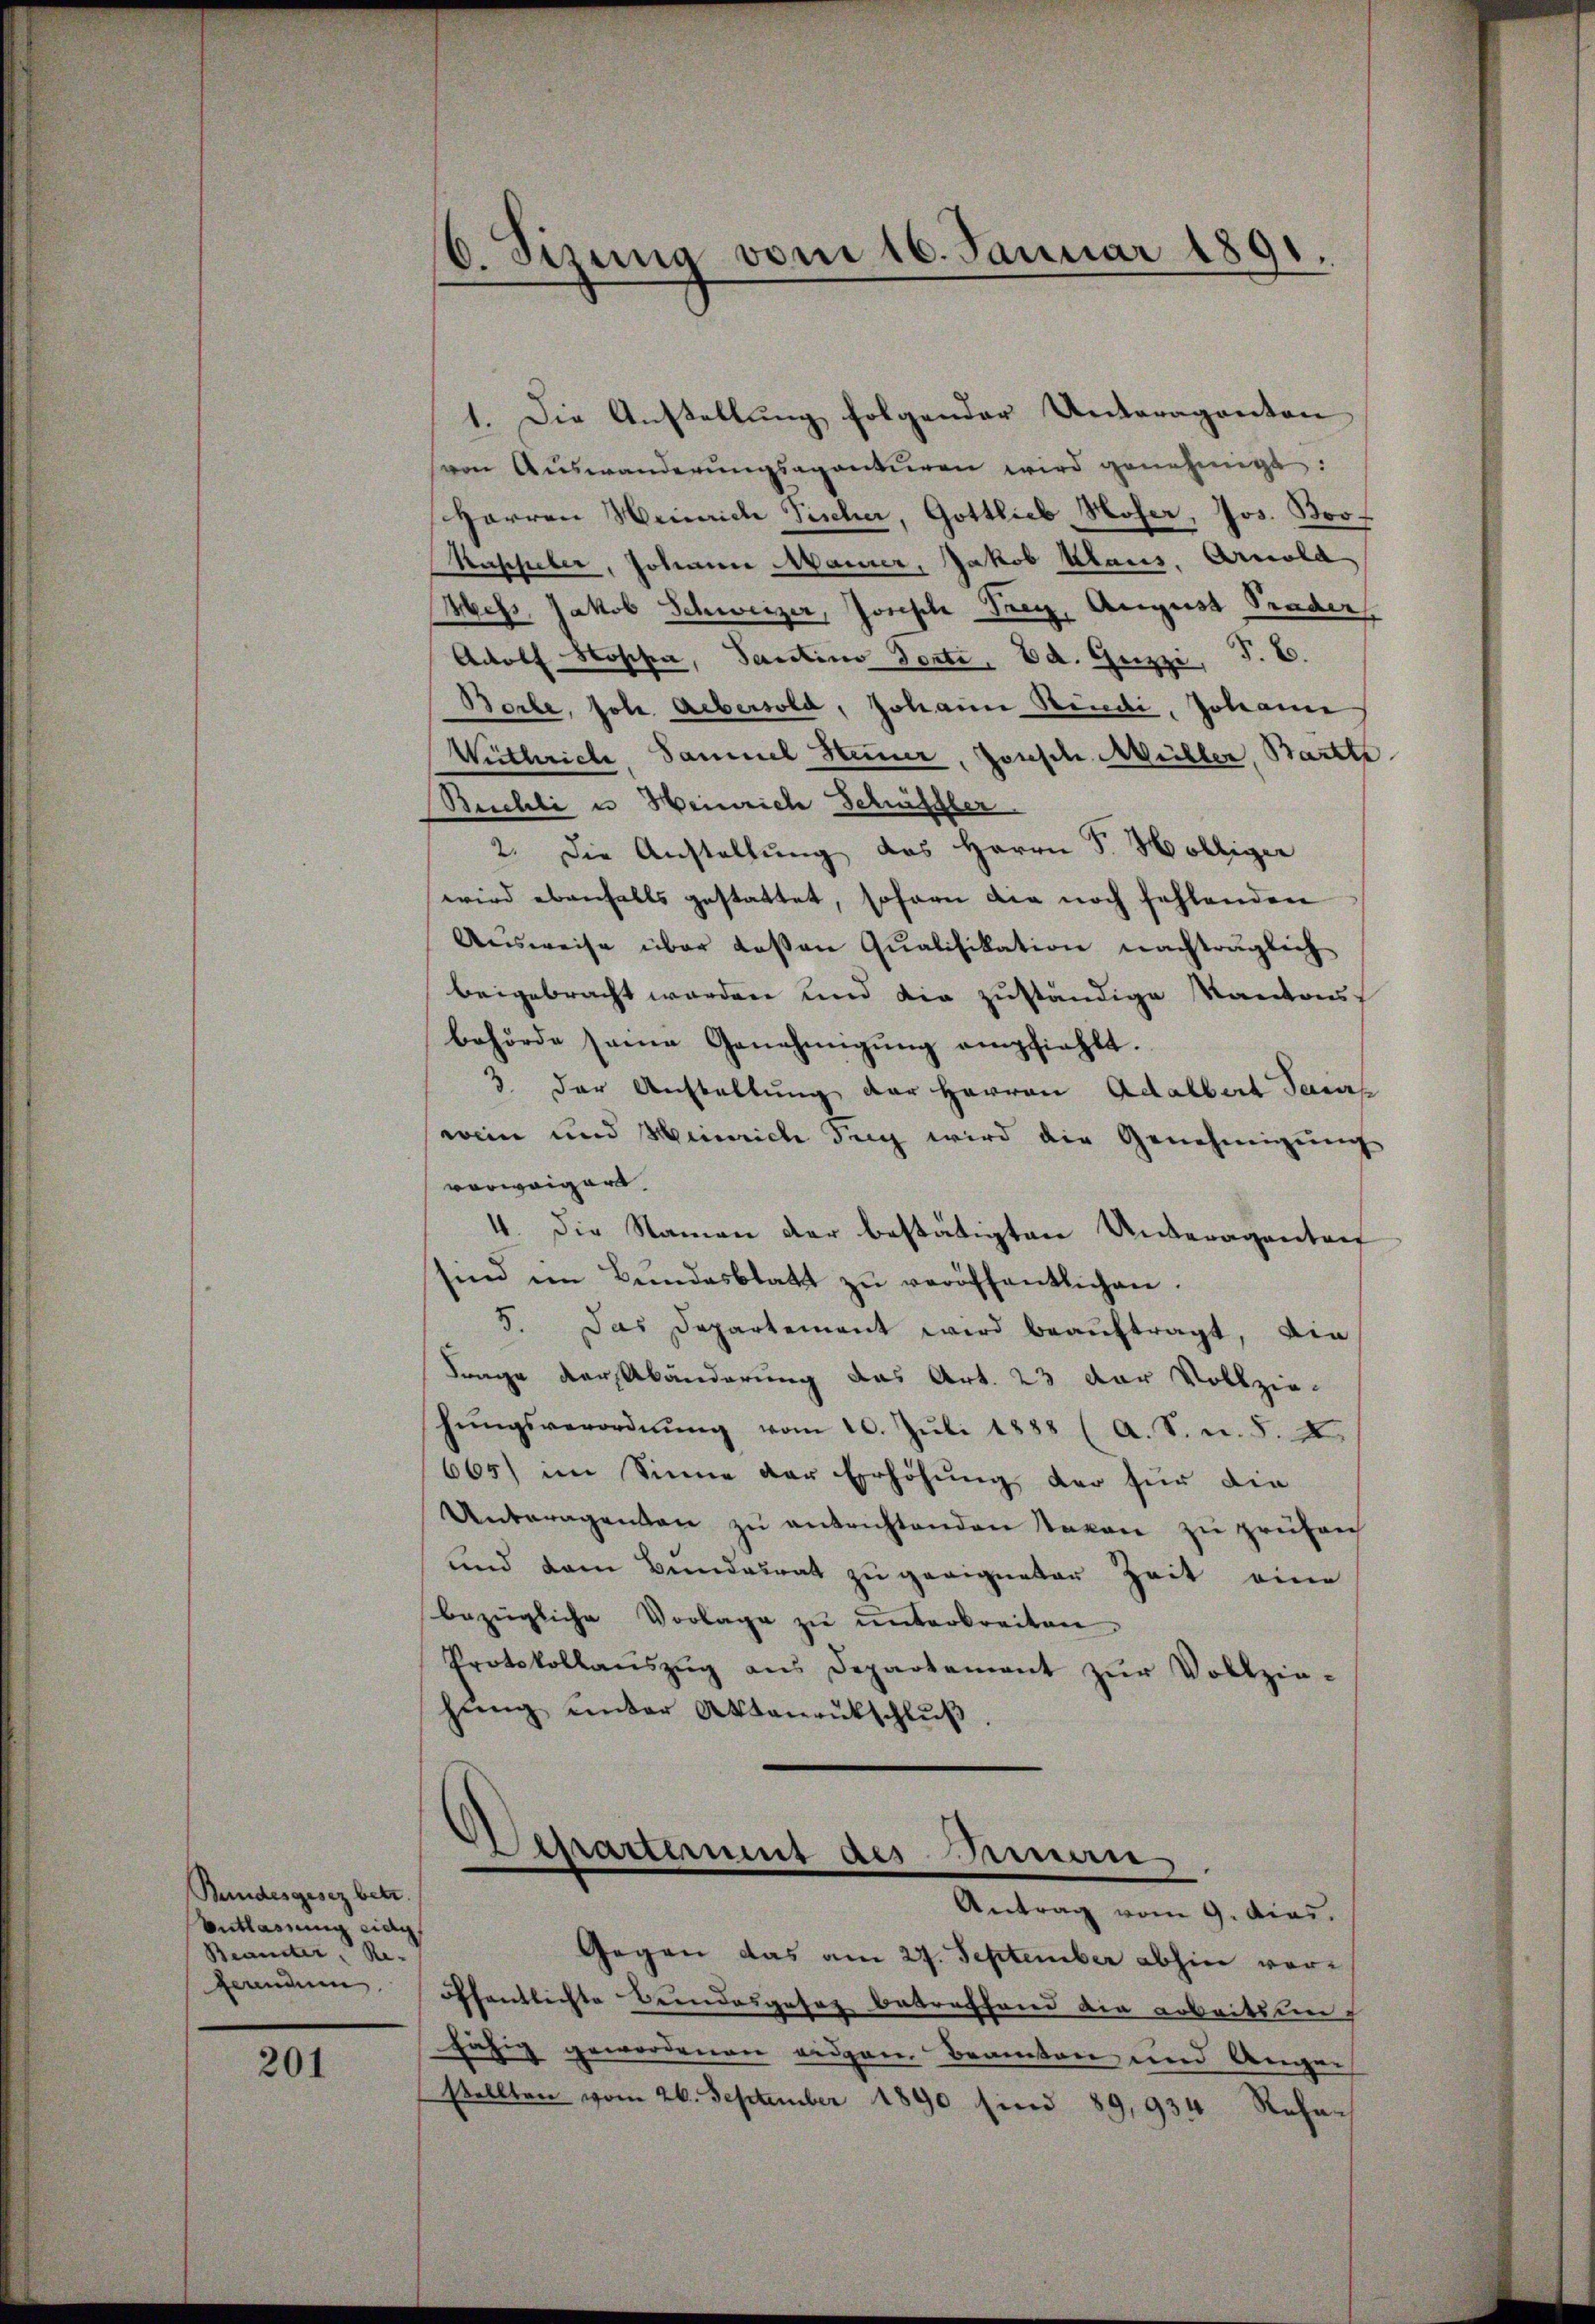
Bundesgesez betr.
Entlassung eidg.
Beamter Re-
ferendum.

201

1. Die Anstellung folgender Unteraganten
von Auswanderŭngsapontŭren wird genehmigt:
Herren Weinrich Tischer, Gottlieb Hofer, Jos. Boo¬
Kaschieber, Johann Maurer, Jakob Haus. Arnold
Wess. Jakob Schweizer, Joseph Frey, August Prader,
Adolf Hoschen, Sanctins Fonte, Ed. Gezzi, P. E.
Borte, fol. Aebersold, Johann Stindi, Johann
Withriche, Sammel Steuer, Josesch. Müller, Barthe
Buchli u Heinriche Schüssler.
2. Die Anstellung des Herrn P. Hölliger
wird ebenfalls gestattet, sofern die noch fehlenden
Ausweise über dassen Qualifikation nachträglich
beigebracht worden und die zuständige Kantons
behörde seine Genehmigung empfiehlt.
3 der Anstaltung der Herren Adalbert Feuerp
wein und Heinrich Frey wird die Genehmigung
verweigers
4. Die Namen der bestätigten Unteragenten
sind im Bŭndesblatt zŭ veröffentlichen.
5. Das Departement wird beauftragt, ain
Frage der Abänderung das Art. 23 der Vollzie-
hŭngsverordnŭng vom 10. Juli 1888 (A. S. n. F. X.
665) im Sinne der Erhöhung der für die
Unteragenten zŭ entrichtenden Saven zu prüfen
und dem Bundesrat zu geeigneter Zeit eine
bezügliche Vorlage zŭ ŭnterbreiten.
Protokollaŭszŭg aŭs Departement zŭr Vollzie-
hŭng ŭnter Aktenaŭtschlŭβ.

6. Sizung vom 16. Januar 1891.

Departement des Innen
Antrag vom 9. Acad.

Gegen das am 27. September abhin voröffentlichte Bundesgesez betreffend die arbeitsung
fähig gewordenen eidgen. Beamten und Ange-
stellten vom 26. September 1890 sind 89,934 Reha¬